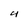
Character: 4